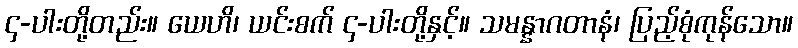
၄-ပါးတို့တည်း။ ယေဟိ၊ ယင်းစက် ၄-ပါးတို့နှင့်။ သမန္နာဂတာနံ၊ ပြည့်စုံကုန်သော။